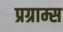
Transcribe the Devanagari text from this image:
प्रग्राम्स